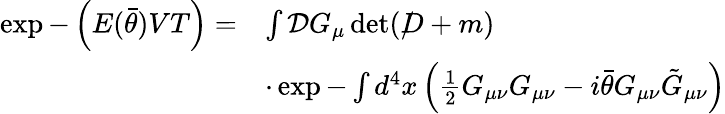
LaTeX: \begin{array}{ll}{{\exp-\left(E(\bar{\theta})VT\right)=}}&{{\int{\cal D}G_{\mu}\operatorname*{det}(\rlap/D+m)}}\\ {{}}&{{\cdot\exp-\int d^{4}x\left(\frac 12G_{\mu\nu}G_{\mu\nu}-i\bar{\theta}G_{\mu\nu}\tilde{G}_{\mu\nu}\right)}}\end{array}